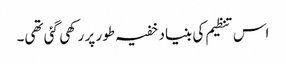
اس تنظیم کی بنیاد خفیہ طور پر رکھی گئی تھی۔